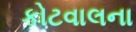
કોટવાલના